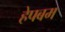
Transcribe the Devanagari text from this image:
हेपबम